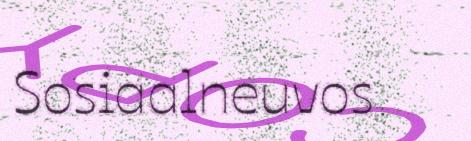
Sosiaalneuvos